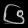
Digit: ၆